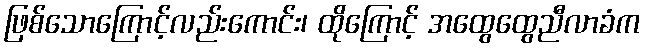
ဖြစ်သောကြောင့်လည်းကောင်း၊ ထိုကြောင့် အထွေထွေညီလာခံက